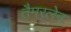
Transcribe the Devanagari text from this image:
तैमरलेन